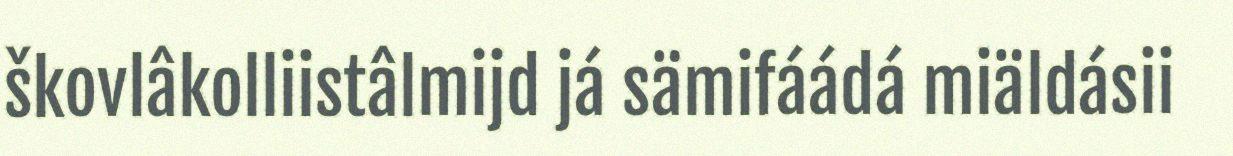
škovlâkolliistâlmijd já sämifáádá miäldásii